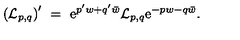
\left( { \cal L } _ { p , q } \right) ^ { \prime } \ = \ \mathrm { e } ^ { p ^ { \prime } w + q ^ { \prime } \bar { w } } { \cal L } _ { p , q } \mathrm { e } ^ { - p w - q \bar { w } } .